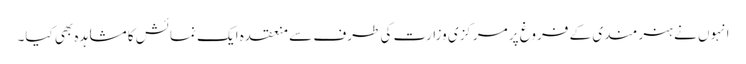
انہوں نے ہنر مندی کے فروغ پر مرکزی وزارت کی طرف سے منعقدہ ایک نمائش کا مشاہدہ بھی کیا۔